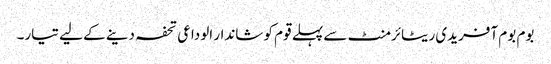
بوم بوم آفریدی ریٹائرمنٹ سے پہلے قوم کو شاندار الوداعی تحفہ دینے کے لیے تیار۔